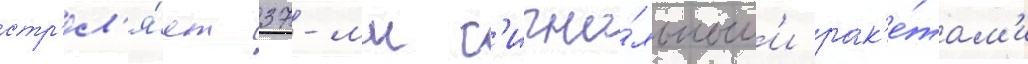
стр'ел'я́ет 37-мм с'игна́льным'и рак'е́там'и